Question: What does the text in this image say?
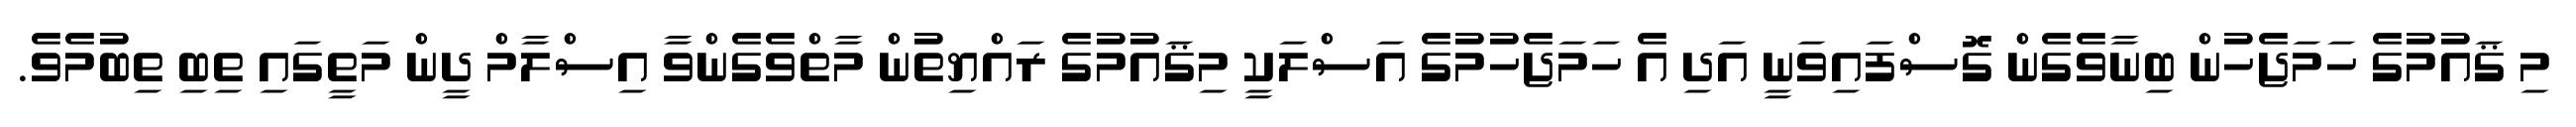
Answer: މި ޤައުމުގެ ހަމަޖެހުން ބިނާވެގެން ގޮސްފައިވަނީ އަދި އެ ހަމަޖެހުމުގެ އަސްލަކީ މިޤައުމުގެ ރައްޔިތުން މާތްވެގެންވާ އިސްލާމް ދީން މަތީގައި ތިބި ތިބުމެވެ.